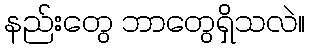
နည်းတွေ ဘာတွေရှိသလဲ။